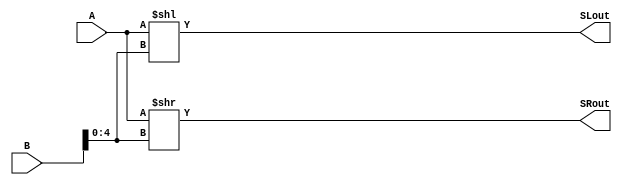
module shift_register (A, B, SLout, SRout);

input [31:0] A;
input [31:0] B;
output reg [31:0] SLout;
output reg [31:0] SRout;
	
always @ (A or B)

begin 

	SLout <= A<<B[4:0];
	
	SRout <= A>>B[4:0];
	
end

endmodule